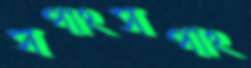
সপাংসপাং